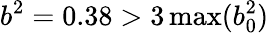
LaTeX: b^{2}=0.38>3\operatorname*{max}(b_{0}^{2})